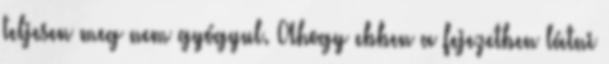
teljesen meg nem gyógyul. Ahogy ebben a fejezetben látni